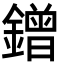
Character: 鏳